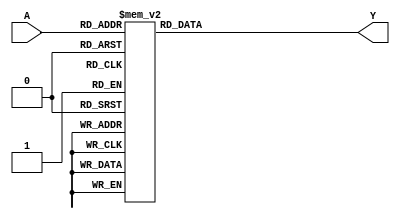
module dont_care_example (
    input [3:0] A,  // 4-bit input
    output reg Y    // 1-bit output
);

always @(*) begin
    case (A)
        4'b0000: Y = 1; // Output for input 0
        4'b0001: Y = 0; // Output for input 1
        4'b0010: Y = 1; // Output for input 2
        4'b0011: Y = 1; // Output for input 3
        4'b0100: Y = 0; // Output for input 4
        4'b0101: Y = 1; // Output for input 5
        4'b0110: Y = 1; // Output for input 6
        4'b0111: Y = 0; // Output for input 7
        4'b1000: Y = 1; // Output for input 8
        4'b1001: Y = 1; // Output for input 9
        4'b1010: Y = 'bx; // Don't Care Condition for input 10
        4'b1011: Y = 'bx; // Don't Care Condition for input 11
        4'b1100: Y = 0; // Output for input 12
        4'b1101: Y = 1; // Output for input 13
        4'b1110: Y = 1; // Output for input 14
        4'b1111: Y = 0; // Output for input 15
        default: Y = 0; // Default case (should not reach here)
    endcase
end

endmodule